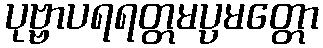
ပုဗ္ဗာပရရတ္တမပ္ပမတ္တော